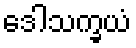
ဒေါသက္ခယံ